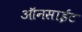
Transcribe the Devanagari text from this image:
ऑनसाईट